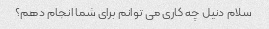
سلام دنیل چه کاری می توانم برای شما انجام دهم؟